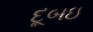
દૂબઇ